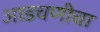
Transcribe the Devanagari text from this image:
आडचणीचा